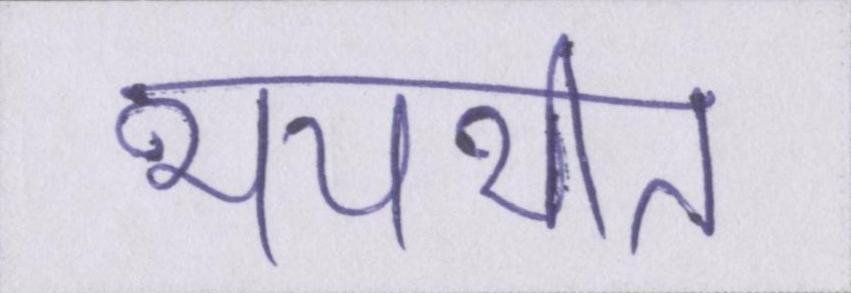
भयभीत